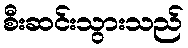
စီးဆင်းသွားသည်